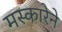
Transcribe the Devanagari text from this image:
मस्कारेने